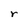
Character: r